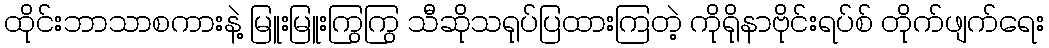
ထိုင်းဘာသာစကားနဲ့ မြူးမြူးကြွကြွ သီဆိုသရုပ်ပြထားကြတဲ့ ကိုရိုနာဗိုင်းရပ်စ် တိုက်ဖျက်ရေး